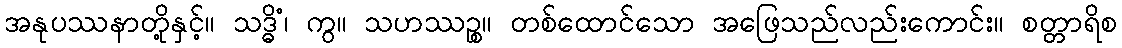
အနုပဿနာတို့နှင့်။ သဒ္ဓိံ၊ ကွ။ သဟဿဉ္စ။ တစ်ထောင်သော အဖြေသည်လည်းကောင်း။ စတ္တာရိစ